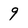
Character: 9